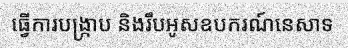
ធ្វើការបង្ក្រាប និងរឹបអូសឧបករណ៍នេសាទ